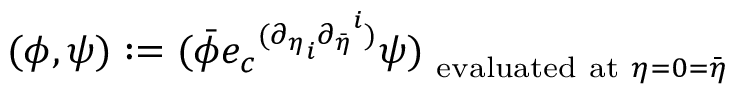
( \phi , \psi ) : = { ( \bar { \phi } { e _ { c } } ^ { ( { { \partial } _ { \eta } } _ { i } { { \partial } _ { \bar { \eta } } } ^ { i } ) } \psi ) } _ { \mathrm { \small ~ e v a l u a t e d ~ a t ~ \mathrm { } } \eta = 0 = \bar { \eta } }